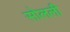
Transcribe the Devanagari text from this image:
सोलली